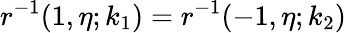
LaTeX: r^{-1}(1,\eta;k_{1})=r^{-1}(-1,\eta;k_{2})